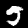
Digit: 5